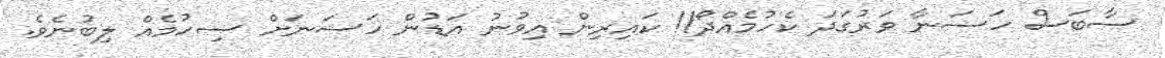
ސާބަސް ހަސަނާ ވަރުގަދަ ކެހުމެއްދޯ!! ކައިރިން އިވުނު އަޑުން ހަސަނަށް ސިހުމެއް ލިބުނެވެ.